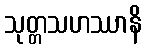
သုတ္တသဟဿာနိ